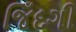
જિઁદગી